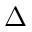
\Delta